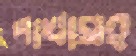
পাখাসহ